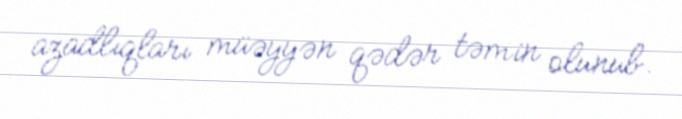
azadlıqları müəyyən qədər təmin olunub.